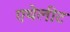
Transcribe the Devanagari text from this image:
एथेलीट